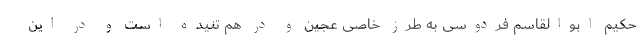
حکیم ابوالقاسم فردوسی به طرز خاصی عجین و در هم تنیده است و در این